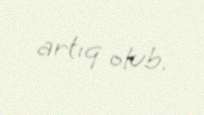
artıq olub.